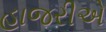
હાજરીએ